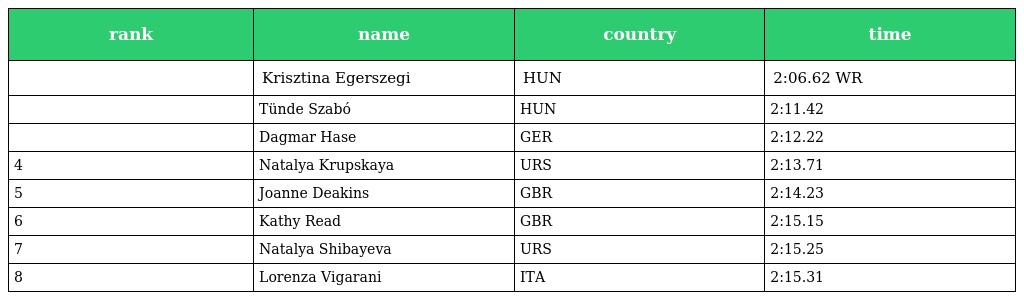
| rank | name | country | time |
 | --- | --- | --- | --- |
 |  | Krisztina Egerszegi | HUN | 2:06.62 WR |
 |  | Tünde Szabó | HUN | 2:11.42 |
 |  | Dagmar Hase | GER | 2:12.22 |
 | 4 | Natalya Krupskaya | URS | 2:13.71 |
 | 5 | Joanne Deakins | GBR | 2:14.23 |
 | 6 | Kathy Read | GBR | 2:15.15 |
 | 7 | Natalya Shibayeva | URS | 2:15.25 |
 | 8 | Lorenza Vigarani | ITA | 2:15.31 |